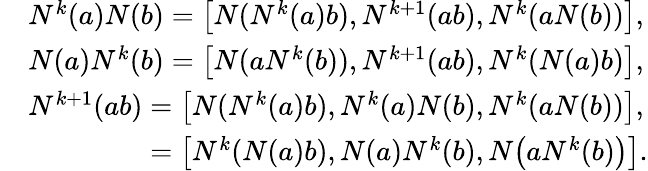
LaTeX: \begin{array}{rl}&{N^{k}(a)N(b)=\big[N(N^{k}(a)b),N^{k+1}(ab),N^{k}(aN(b))\big],}\\ &{N(a)N^{k}(b)=\big[N(aN^{k}(b)),N^{k+1}(ab),N^{k}(N(a)b)\big],}\\ &{N^{k+1}(ab)=\big[N(N^{k}(a)b),N^{k}(a)N(b),N^{k}(aN(b))\big],}\\ &{\hphantom{N^{k+1}(ab)}=\big[N^{k}(N(a)b),N(a)N^{k}(b),N\big(aN^{k}(b)\big)\big].}\end{array}